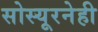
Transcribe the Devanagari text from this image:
सोस्यूरनेही